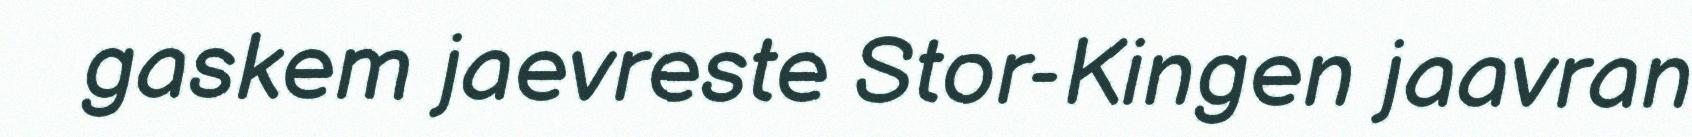
gaskem jaevreste Stor-Kingen jaavran